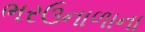
ભરઉનાળાના